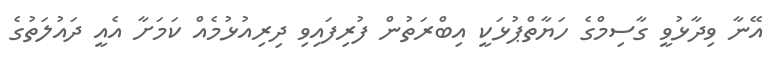
އޭނާ ވިދާޅުވީ ގާސިމްގެ ހަޔާތްޕުޅަކީ އިބްރަތުން ފުރިފައިވި ދިރިއުޅުމެއް ކަމަށާ އެއީ ދައުލަތުގެ